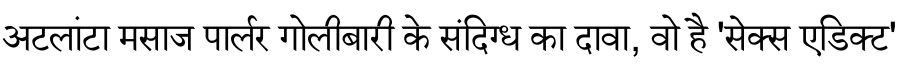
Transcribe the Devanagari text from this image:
अटलांटा मसाज पार्लर गोलीबारी के संदिग्ध का दावा, वो है 'सेक्स एडिक्ट'